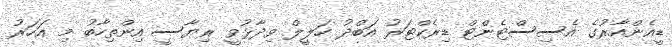
ޑީއެންއާރުގެ އެސިސްޓެންޓް ޑިރެކްޓަރު އަބްދު ހަލީލް ވިދާޅުވީ ރިޔާސީ އިންތިހާބު މި އަހަރު